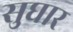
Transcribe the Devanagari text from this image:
सुघार